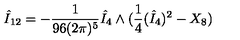
\hat { I } _ { 1 2 } = - \frac { 1 } { 9 6 ( 2 \pi ) ^ { 5 } } \hat { I } _ { 4 } \wedge ( \frac { 1 } { 4 } ( \hat { I } _ { 4 } ) ^ { 2 } - X _ { 8 } )